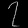
Digit: ၇